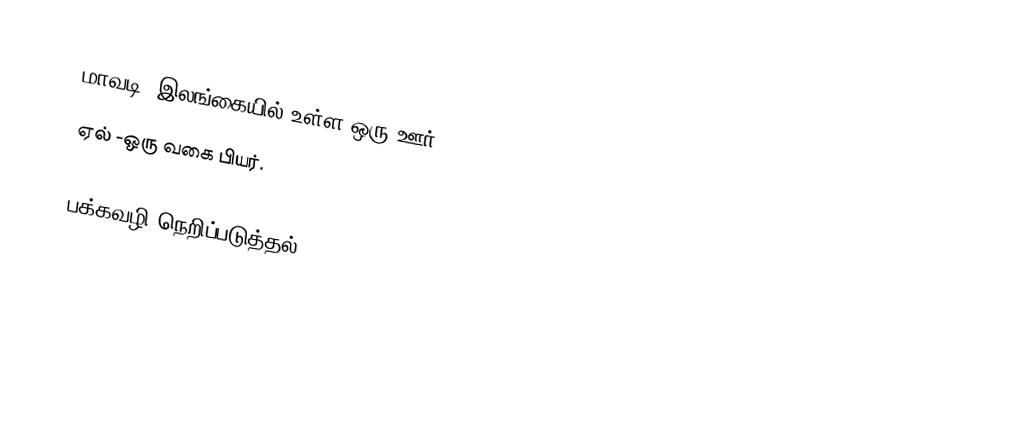
மாவடி- இலங்கையில் உள்ள ஒரு ஊர்.
ஏல் -ஒரு வகை பியர்.

பக்கவழி நெறிப்படுத்தல்